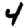
Digit: 4